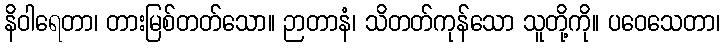
နိဝါရေတာ၊ တားမြစ်တတ်သော။ ဉာတာနံ၊ သိတတ်ကုန်သော သူတို့ကို။ ပဝေသေတာ၊